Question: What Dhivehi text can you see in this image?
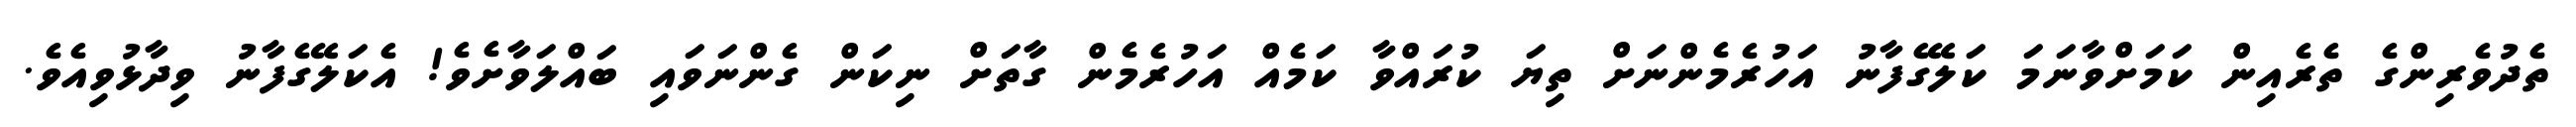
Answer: ތެދުވެރިންގެ ތެރެއިން ކަމަށްވާނަމަ ކަލޭގެފާނު އަހުރެމެންނަށް ތިޔަ ކުރައްވާ ކަމެއް އަހުރެމެން ގާތަށް ނިކަން ގެންނަވައި ބައްލަވާށެވެ! އެކަލޭގެފާނު ވިދާޅުވިއެވެ.